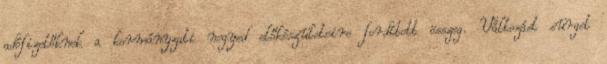
adófizetőknek a kormányzati negyed előkészületeire fordított összeg. Változást sürget